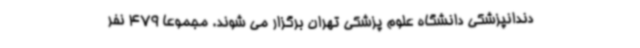
دندانپزشکی دانشگاه علوم پزشکی تهران برگزار می شوند. مجموعا 479 نفر